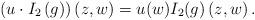
LaTeX: \begin{align*}\left( u\cdot I_{2}\left( g\right) \right) \left( z,w\right)=u(w)I_{2}(g)\left( z,w\right) .\end{align*}